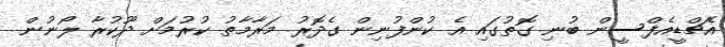
އެޗްޑީއެފްސީން ބުނި ގޮތުގައި އެ ކުންފުނިން ގެދޮރު މަރާމާތު ކުރުމަށް ދޫކުރާ ލޯނުން